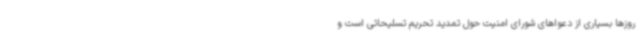
روزها بسیاری از دعواهای شورای امنیت حول تمدید تحریم تسلیحاتی است و